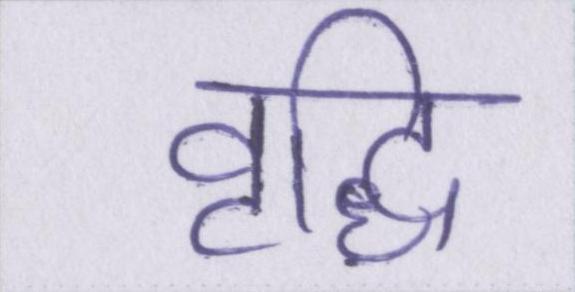
वृद्धि